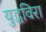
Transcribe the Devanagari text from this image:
युद्धविरा